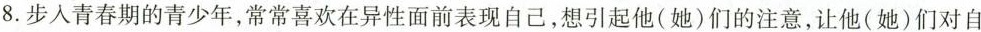
8.步入青春期的青少年，常常喜欢在异性面前表现自己，想引起他(她)们的注意，让他(她)们对自